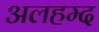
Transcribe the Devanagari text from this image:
अलहम्द